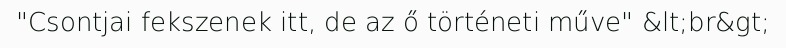
"Csontjai fekszenek itt, de az ő történeti műve" &lt;br&gt;